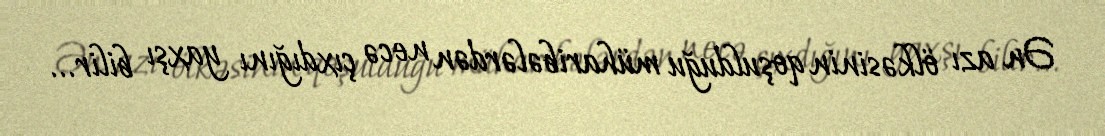
Ən azı ölkəsinin qoşulduğu müharibələrdən necə çıxdığını yaxşı bilir...